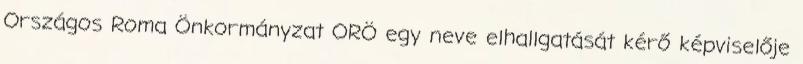
Országos Roma Önkormányzat ORÖ egy neve elhallgatását kérő képviselője